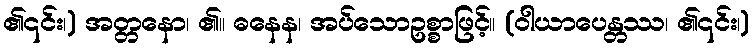
၏၎င်း၊) အတ္တနော၊ ၏။ ဓနေန၊ အပ်သောဥစ္စာဖြင့်။ (ဝါယာပေန္တဿ၊ ၏၎င်း၊)